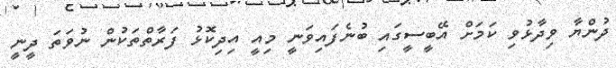
ދުންޔާ ވިދާޅުވި ކަމަށް އޭބީސީގައި ބުނެފައިވަނީ މިއީ އިދިކޮޅު ފަރާތްތަކުން ނުވަތަ ދީނީ